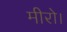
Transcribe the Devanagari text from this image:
मीरो।